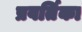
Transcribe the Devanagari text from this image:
प्रवर्तिका